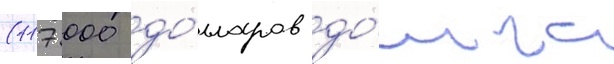
(117 000 до́лларов до́лга